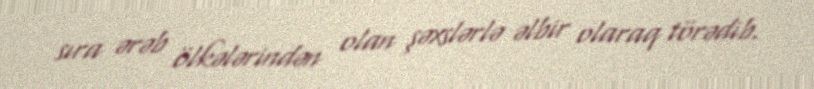
sıra ərəb ölkələrindən olan şəxslərlə əlbir olaraq törədib.